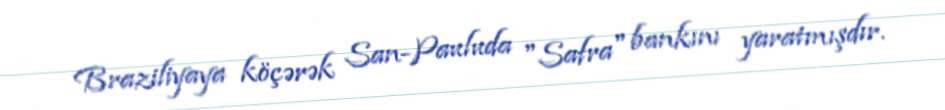
Braziliyaya köçərək San-Pauluda "Safra" bankını yaratmışdır.